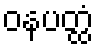
ဝနပတ္ထံ